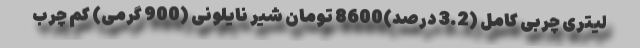
لیتری چربی کامل (3.2 درصد)8600 تومان شیر نایلونی (900 گرمی) کم چرب